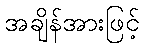
အချိန်အားဖြင့်